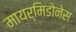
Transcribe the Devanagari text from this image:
मायर्मिडोनेस